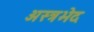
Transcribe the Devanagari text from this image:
अस्त्रभेद